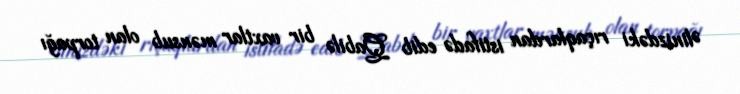
Əlinizdəki rıçaqlardan istifadə edib Qabilə bir vaxtlar mənsub olan torpağı